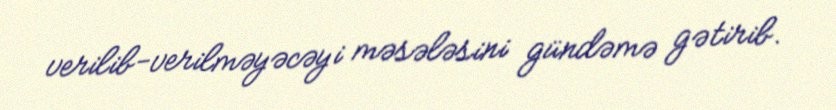
verilib-verilməyəcəyi məsələsini gündəmə gətirib.